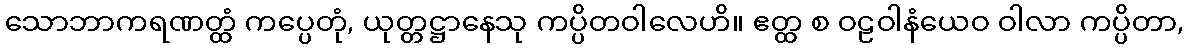
သောဘာကရဏတ္ထံ ကပ္ပေတုံ, ယုတ္တဋ္ဌာနေသု ကပ္ပိတဝါလေဟိ။ ဧတ္ထ စ ဝဠဝါနံယေဝ ဝါလာ ကပ္ပိတာ,